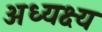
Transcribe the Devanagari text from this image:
अध्यक्ष्य